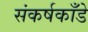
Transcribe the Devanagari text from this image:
संकर्षकाँडे